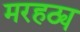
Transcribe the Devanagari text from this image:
मरहठ्य